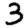
Digit: 3